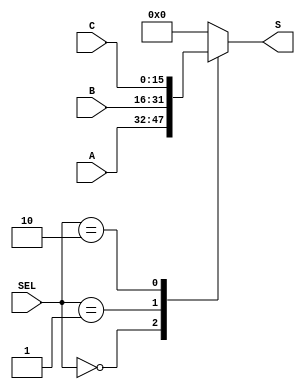
//							Iuri Silva Castro
//			Mestrando em Engenharia Eletrica - PPGEE
//			Universidade Federal de Minas Gerais - UFMG
//									2/2017

// Mux de 16-bit 3 entradas
module Mux16bit3x1 (A, B, C, S, SEL);

	input [1:0] SEL;
	input [15:0] A, B, C;
	output reg [15:0] S;

	always @( * )
	begin
		case (SEL)
			2'b00: S <= A;
			2'b01: S <= B;
			2'b10: S <= C;
			default: S <= 16'b0;
		endcase
	end
endmodule